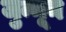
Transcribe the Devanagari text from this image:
जुन्नून